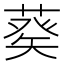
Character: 𦷡